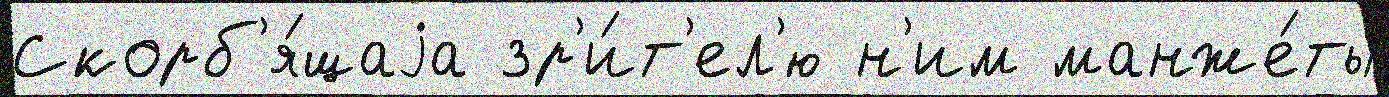
Скорб'я́щаjа зр'и́т'ел'ю н'им манже́ты